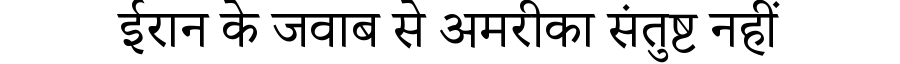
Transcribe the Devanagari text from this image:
ईरान के जवाब से अमरीका संतुष्ट नहीं